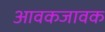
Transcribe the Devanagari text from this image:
आवकजावक